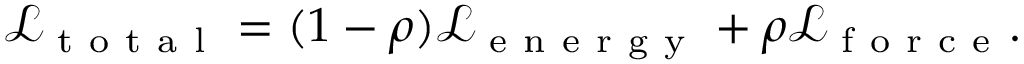
\mathcal { L } _ { \mathrm { ~ t ~ o ~ t ~ a ~ l ~ } } = ( 1 - \rho ) \mathcal { L } _ { \mathrm { ~ e ~ n ~ e ~ r ~ g ~ y ~ } } + \rho \mathcal { L } _ { \mathrm { ~ f ~ o ~ r ~ c ~ e ~ } } .